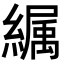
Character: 𦅉